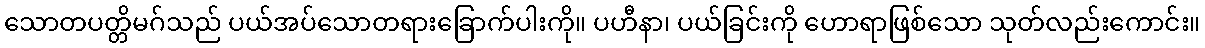
သောတပတ္တိမဂ်သည် ပယ်အပ်သောတရားခြောက်ပါးကို။ ပဟီနာ၊ ပယ်ခြင်းကို ဟောရာဖြစ်သော သုတ်လည်းကောင်း။